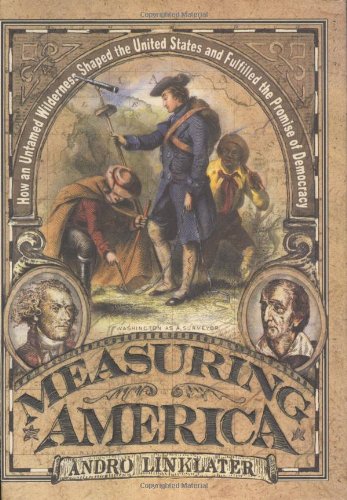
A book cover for Measuring America: How an Untamed Wilderness Shaped the United States and Fulfilled the Promise of Democracy; Andro Linklater; Politics & Social Sciences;